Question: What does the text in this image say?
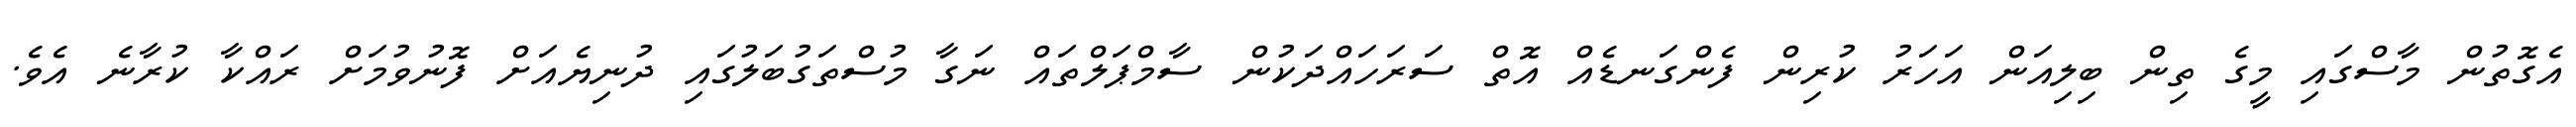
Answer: އެގޮތުން މާސްގައި މީގެ ތިން ބިލިއަން އަހަރު ކުރިން ފެންގަނޑެއް އޮތް ސަރަހައްދަކުން ސާމްޕަލްތައް ނަގާ މުސްތަގުބަލުގައި ދުނިޔެއަށް ފޮނުވުމަށް ރައްކާ ކުރާނެ އެވެ.